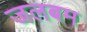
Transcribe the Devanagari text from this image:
जलबम